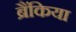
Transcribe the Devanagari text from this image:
ब्रैंकिया